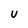
Character: U